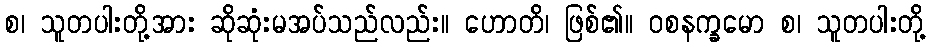
စ၊ သူတပါးတို့အား ဆိုဆုံးမအပ်သည်လည်း။ ဟောတိ၊ ဖြစ်၏။ ဝစနက္ခမော စ၊ သူတပါးတို့